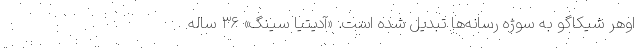
اوهِر شیکاگو به سوژه رسانه‌ها تبدیل شده است. «آدیتیا سینگ» ۳۶ ساله